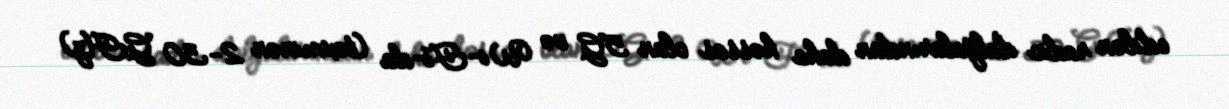
edilən radio dalğalarından daha həssas olan 5G və Wi-Fi-da (təxminən 2-30 GHz)